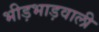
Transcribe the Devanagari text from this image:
भीड़भाड़वाली